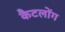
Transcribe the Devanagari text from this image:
कैटलोंग